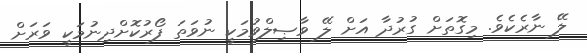
ލޭ ނާރެކެވެ. މިގޮތަށް ގުރުދާ އަށް ލޭ ވާޞިލްވުމަކީ ނުވަތަ ފޯރުކޮށްދިނުމަކީ ވަރަށް